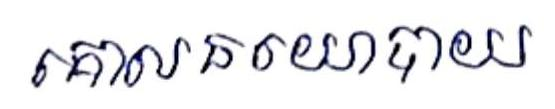
គោលនយោបាយ